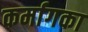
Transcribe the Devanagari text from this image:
कर्मागका